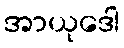
အာယုဒေါ